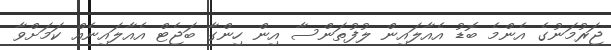
ޖަރުމަނުގެ އެންމެ ބޮޑު އެއާލައިން ލުފުތަންސާ އިން ހިންގާ ބަޖެޓް އެއާލައިނެއް ކަމަށްވާ